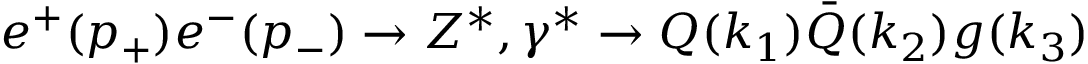
e ^ { + } ( p _ { + } ) e ^ { - } ( p _ { - } ) \rightarrow Z ^ { \ast } , \gamma ^ { \ast } \rightarrow Q ( k _ { 1 } ) \bar { Q } ( k _ { 2 } ) g ( k _ { 3 } )